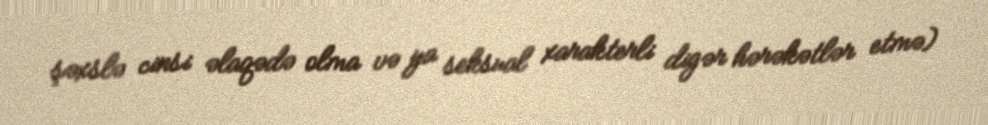
şəxslə cinsi əlaqədə olma və ya seksual xarakterli digər hərəkətlər etmə)